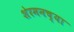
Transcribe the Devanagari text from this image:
शेरमनच्या